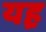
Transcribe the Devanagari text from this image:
यह़